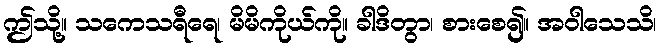
ဤသို့။ သကေသရီရေ၊ မိမိကိုယ်ကို။ ခါဒိတွာ၊ စားစေ၍။ အဝါသေသိ၊